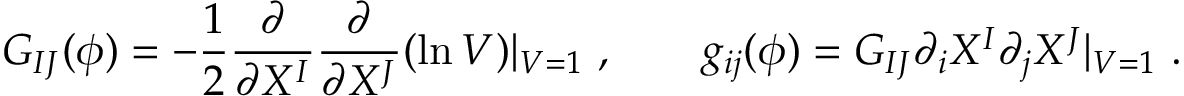
G _ { I J } ( \phi ) = - { \frac { 1 } { 2 } } { \frac { \partial } { \partial X ^ { I } } } { \frac { \partial } { \partial X ^ { J } } } ( \ln { \cal V } ) | _ { { \cal V } = 1 } \ , \qquad g _ { i j } ( \phi ) = G _ { I J } \partial _ { i } X ^ { I } \partial _ { j } X ^ { J } | _ { { \cal V } = 1 } \ .